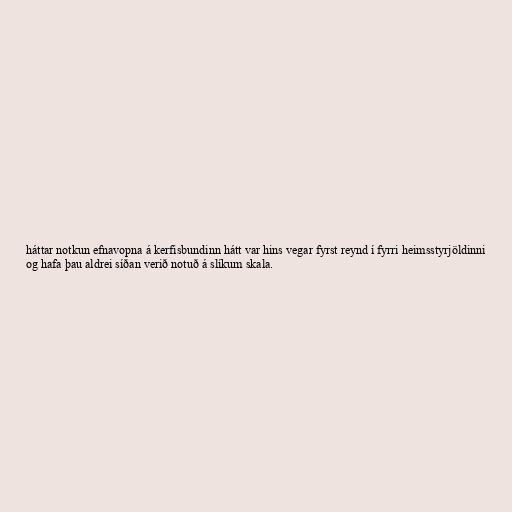
háttar notkun efnavopna á kerfisbundinn hátt var hins vegar fyrst reynd í fyrri heimsstyrjöldinni
og hafa þau aldrei síðan verið notuð á slíkum skala.